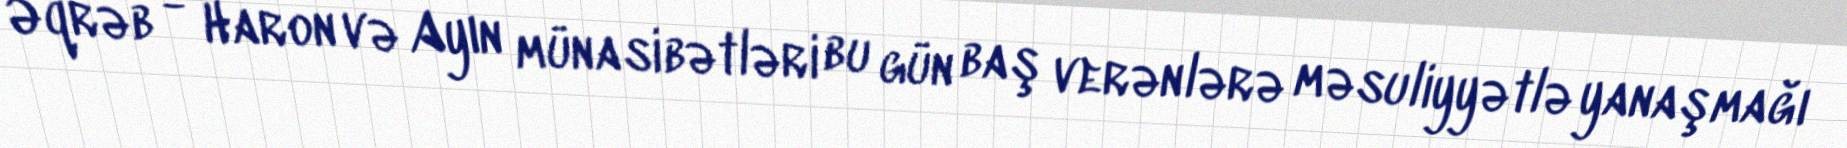
Əqrəb - Haron və Ayın münasibətləri bu gün baş verənlərə məsuliyyətlə yanaşmağı